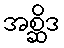
အစ္ဆိဒ